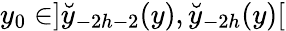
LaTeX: y_{0}\in]\breve{y}_{-2h-2}(y),\breve{y}_{-2h}(y)[